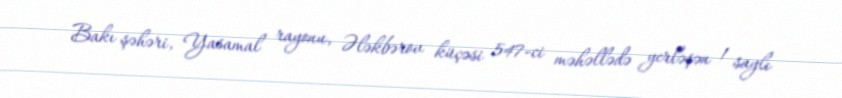
Bakı şəhəri, Yasamal rayonu, Ələkbərov küçəsi 547-ci məhəllədə yerləşən 1 saylı